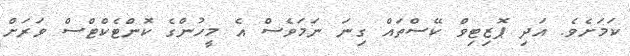
ކަމަށެވެ. އަދި ޕޮޒިޓިވް ކޭސްތައް ގިނަ ނަމަވެސް އެ މީހުންގެ ކޮންޓެކްޓްސް ވަރަށް